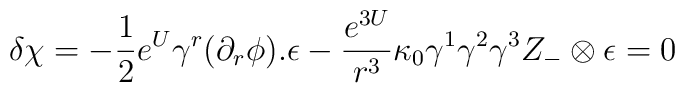
\delta\chi=-{1\over 2}e^U\gamma^r(\partial_r\phi).\epsilon -{e^{3U}\over r^3}\kappa_0 \gamma^1\gamma^2\gamma^3 Z_-\otimes\epsilon=0